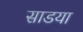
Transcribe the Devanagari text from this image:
साडया